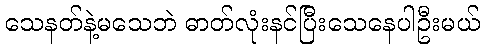
သေနတ်နဲ့မသေဘဲ ဓာတ်လုံးနင်ပြီးသေနေပါဦးမယ်